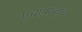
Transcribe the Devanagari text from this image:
एचएमव्हीचा